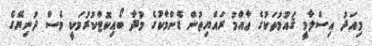
މިއަދު އިސްލާމީ ޤައުމުތަކުގެ ޢާއްމު ރައްޔިތުން ޑެންމާކުގެ މުދާ ބޯއިކޮޓްކުރުމަކީ ވެސް ދުނިޔޭގެ